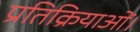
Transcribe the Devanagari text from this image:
प्रतिक्रियाओं।